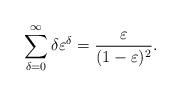
LaTeX: \begin{align*} \sum_{\delta=0}^\infty \delta\varepsilon^\delta &= \frac{\varepsilon}{(1-\varepsilon)^2}. \end{align*}